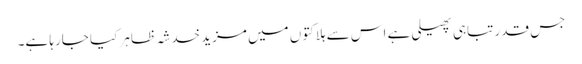
جس قدر تباہی پھیلی ہے اس سے ہلاکتوں میں مزید خدشہ ظاہر کیا جارہا ہے۔